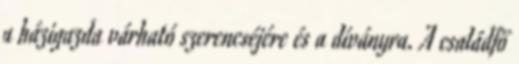
a házigazda várható szerencséjére és a díványra. A családfő